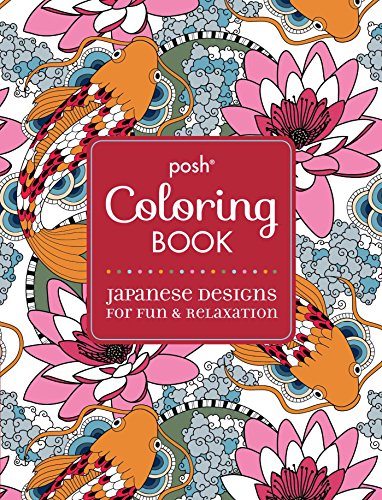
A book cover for Posh Adult Coloring Book: Japanese Designs for Fun and Relaxation (Posh Coloring Books); Andrews McMeel Publishing LLC; Humor & Entertainment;